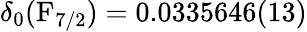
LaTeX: \delta_{0}(\mathrm{F}_{7/2})=0.0335646(13)